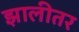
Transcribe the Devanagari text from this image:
झालीतर